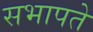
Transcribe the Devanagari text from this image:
सभापते